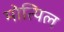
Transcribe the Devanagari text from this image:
मोत्यिल